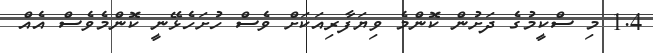
1.4 މި ސްކީމުގެ ދަށުން ކޮންމެ ވިޔަފާރިއަކަށް ވެސް ހުށަހެޅޭނީ ކޮންމެވެސް އެއް